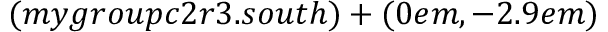
( m y g r o u p c 2 r 3 . s o u t h ) + ( 0 e m , - 2 . 9 e m )